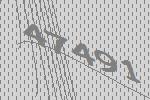
47491